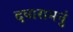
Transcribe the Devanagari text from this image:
दयारामनुं